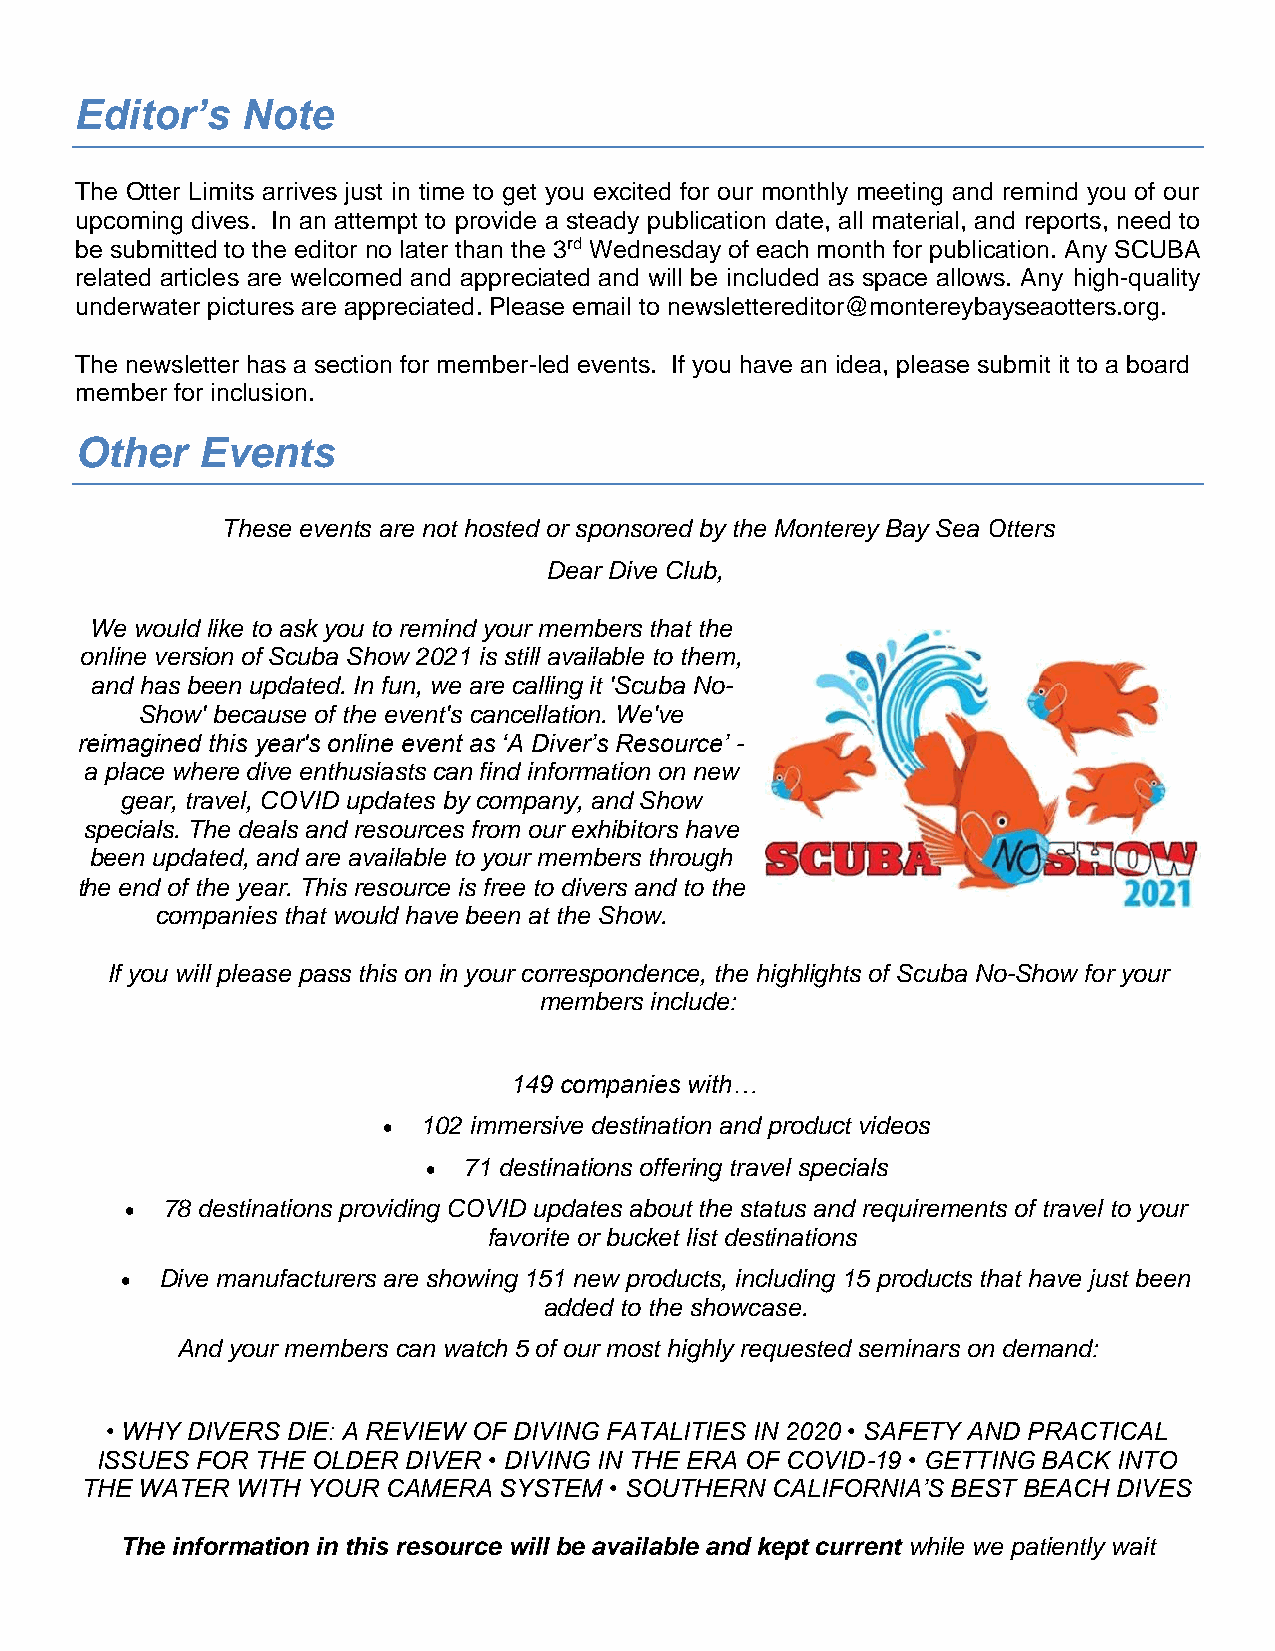
Editor’s   Note
 The Otter Limits arrives just in time to get you excited for our monthly meeting and remind you of our
 upcoming dives. In an attempt to provide a steady publication date, all material, and reports, need to
 be submitted to the editor no later than the 3rd Wednesday of each month for publication. Any SCUBA
 related articles are welcomed and appreciated and will be included as space allows. Any high-quality
 underwater pictures are appreciated. Please email to newslettereditor@montereybayseaotters.org.
 The newsletter has a section for member-led events. If you have an idea, please submit it to a board
 member for inclusion.
 Other   Events
 These events are not hosted or sponsored by the Monterey Bay Sea Otters
 Dear Dive Club,
 We would like to ask you to remind your members that the
 online version of Scuba Show 2021 is still available to them,
 and has been updated. In fun, we are calling it 'Scuba No-
 Show' because of the event's cancellation. We've
 reimagined this year's online event as ‘A Diver’s Resource’ -
 a place where dive enthusiasts can find information on new
 gear, travel, COVID updates by company, and Show
 specials. The deals and resources from our exhibitors have
 been updated, and are available to your members through
 the end of the year. This resource is free to divers and to the
 companies that would have been at the Show.
 If you will please pass this on in your correspondence, the highlights of Scuba No-Show for your
 members include:
 149 companies with…
 •  102 immersive destination and product videos
 •  71 destinations offering travel specials
 •  78 destinations providing COVID updates about the status and requirements of travel to your
 favorite or bucket list destinations
 •  Dive manufacturers are showing 151 new products, including 15 products that have just been
 added to the showcase.
 And your members can watch 5 of our most highly requested seminars on demand:
 • WHY DIVERS DIE: A REVIEW OF DIVING FATALITIES IN 2020 • SAFETY AND PRACTICAL
 ISSUES FOR THE OLDER DIVER • DIVING IN THE ERA OF COVID-19 • GETTING BACK INTO
 THE WATER  WITH YOUR CAMERA SYSTEM • SOUTHERN CALIFORNIA’S BEST BEACH DIVES
 The information in this resource will be available and kept current while we patiently wait